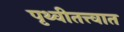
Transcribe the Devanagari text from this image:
पृथ्वीतत्त्वात